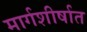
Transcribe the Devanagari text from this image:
मार्गशीर्षात